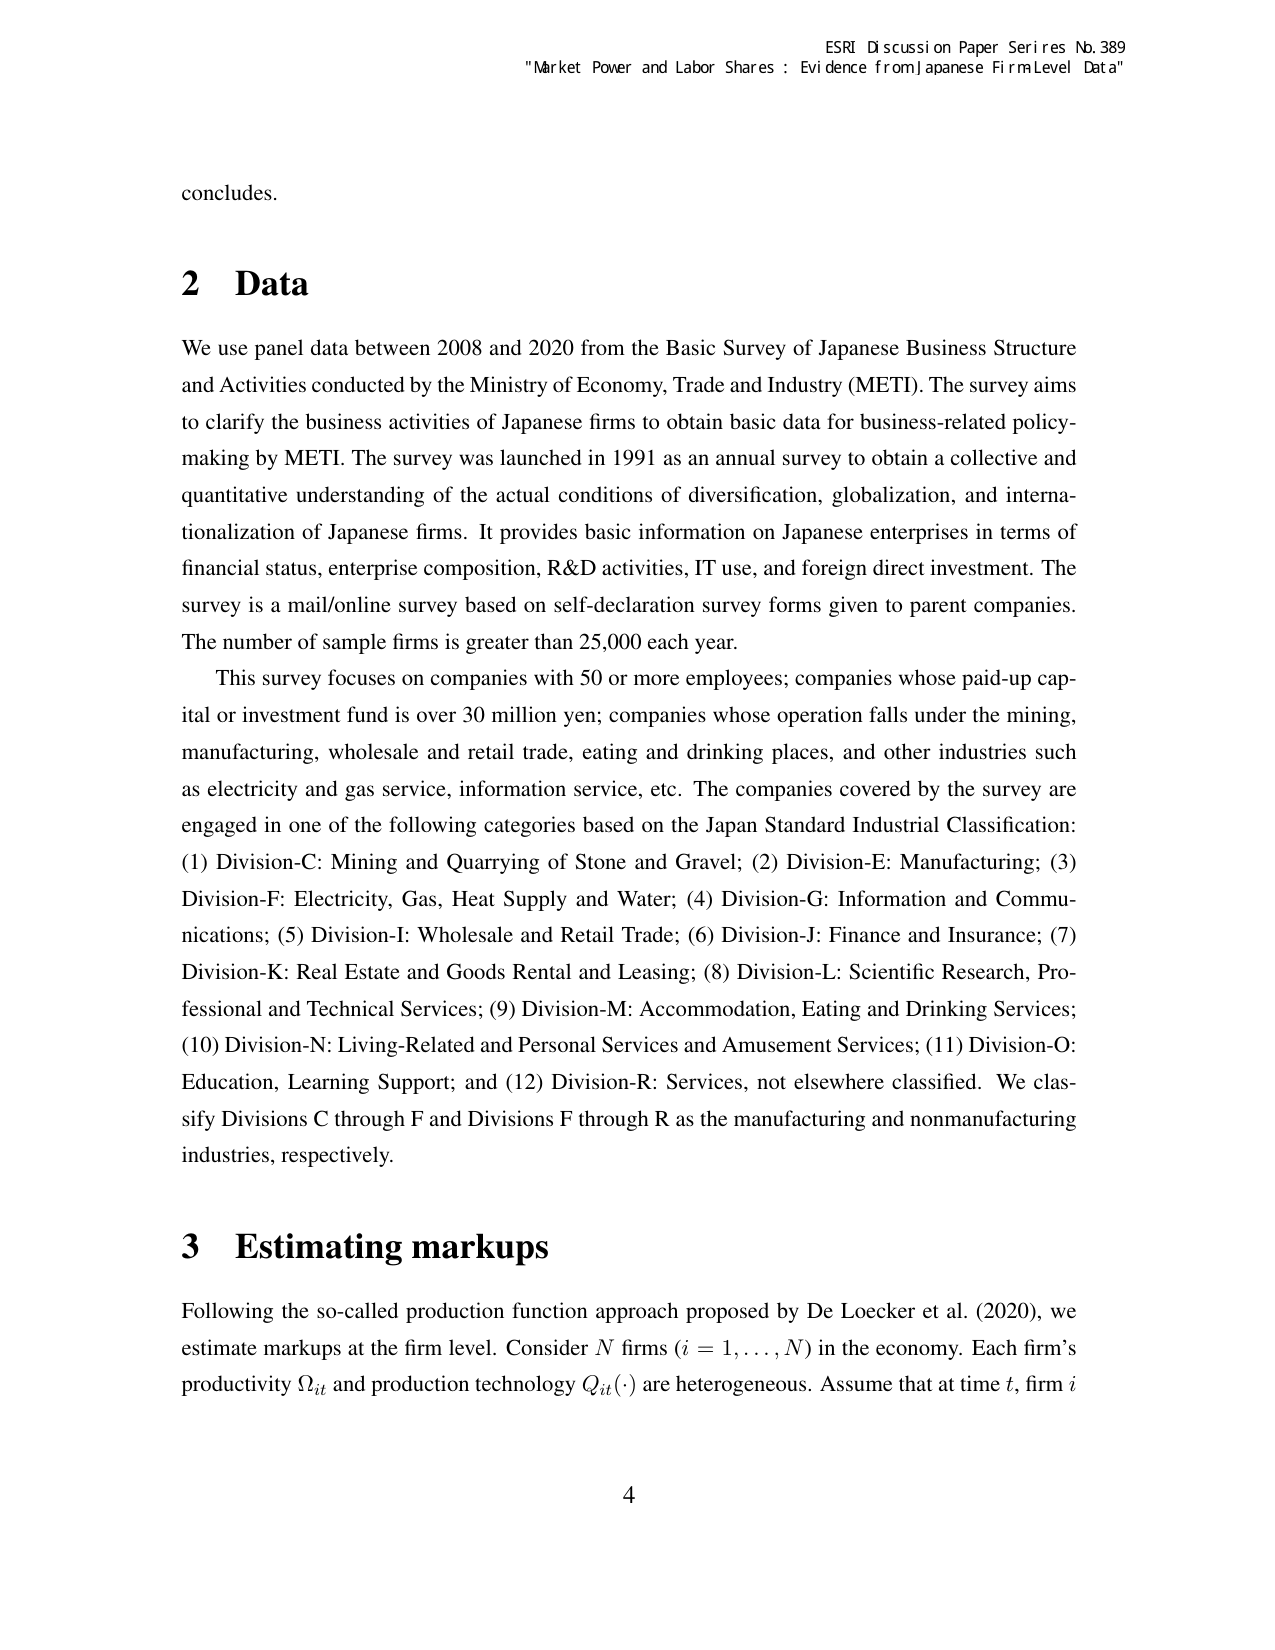
ESRI Discussion Paper Series No. 389
"Market Power and Labor Shares: Evidence from Japanese Firm Level Data"

concludes.

2 Data

We use panel data between 2008 and 2020 from the Basic Survey of Japanese Business Structure and Activities conducted by the Ministry of Economy, Trade and Industry (METI). The survey aims to clarify the business activities of Japanese firms to obtain basic data for business-related policy-making by METI. The survey was launched in 1991 as an annual survey to obtain a collective and quantitative understanding of the actual conditions of diversification, globalization, and internationalization of Japanese firms. It provides basic information on Japanese enterprises in terms of financial status, enterprise composition, R&D activities, IT use, and foreign direct investment. The survey is a mail/online survey based on self-declaration survey forms given to parent companies. The number of sample firms is greater than 25,000 each year.

This survey focuses on companies with 50 or more employees; companies whose paid-up capital or investment fund is over 30 million yen; companies whose operation falls under the mining, manufacturing, wholesale and retail trade, eating and drinking places, and other industries such as electricity and gas service, information service, etc. The companies covered by the survey are engaged in one of the following categories based on the Japan Standard Industrial Classification: (1) Division-C: Mining and Quarrying of Stone and Gravel; (2) Division-E: Manufacturing; (3) Division-F: Electricity, Gas, Heat Supply and Water; (4) Division-G: Information and Communications; (5) Division-I: Wholesale and Retail Trade; (6) Division-J: Finance and Insurance; (7) Division-K: Real Estate and Goods Rental and Leasing; (8) Division-L: Scientific Research, Professional and Technical Services; (9) Division-M: Accommodation, Eating and Drinking Services; (10) Division-N: Living-Related and Personal Services and Amusement Services; (11) Division-O: Education, Learning Support; and (12) Division-R: Services, not elsewhere classified. We classify Divisions C through F and Divisions F through R as the manufacturing and nonmanufacturing industries, respectively.

3 Estimating markups

Following the so-called production function approach proposed by De Loecker et al. (2020), we estimate markups at the firm level. Consider N firms (i = 1,..., N) in the economy. Each firm’s productivity Ωit and production technology Qit(·) are heterogeneous. Assume that at time t, firm i

4